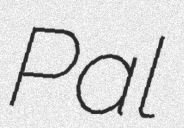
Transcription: Pal